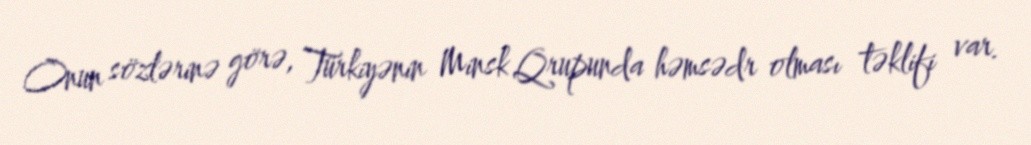
Onun sözlərinə görə, Türkiyənin Minsk Qrupunda həmsədr olması təklifi var.